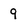
Character: 9